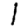
Digit: 1